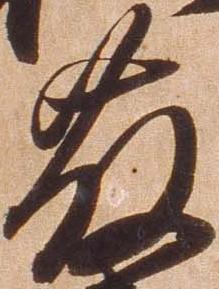
藤